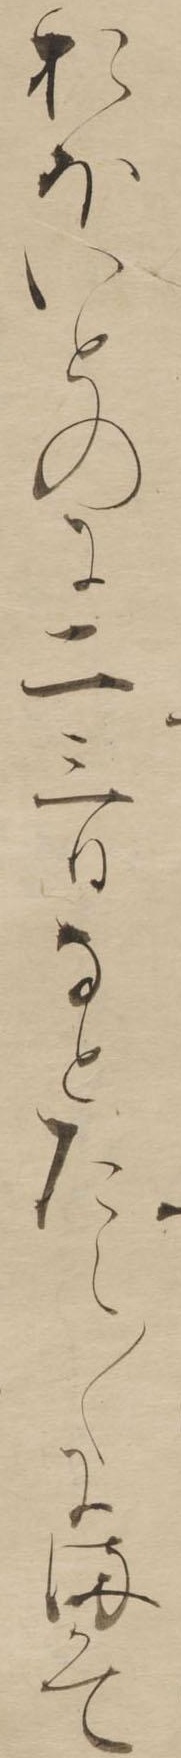
おほいとのに二三日なとたえ〱にまかて